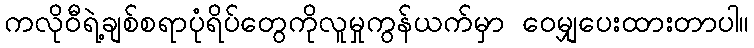
ကလိုဝီရဲ့ချစ်စရာပုံရိပ်တွေကိုလူမှုကွန်ယက်မှာ ဝေမျှပေးထားတာပါ။